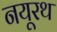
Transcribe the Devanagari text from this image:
नयूरथ